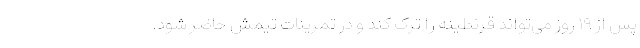
پس از ۱۹ روز می‌تواند قرنطینه را ترک کند و در تمرینات تیمش حاضر شود.